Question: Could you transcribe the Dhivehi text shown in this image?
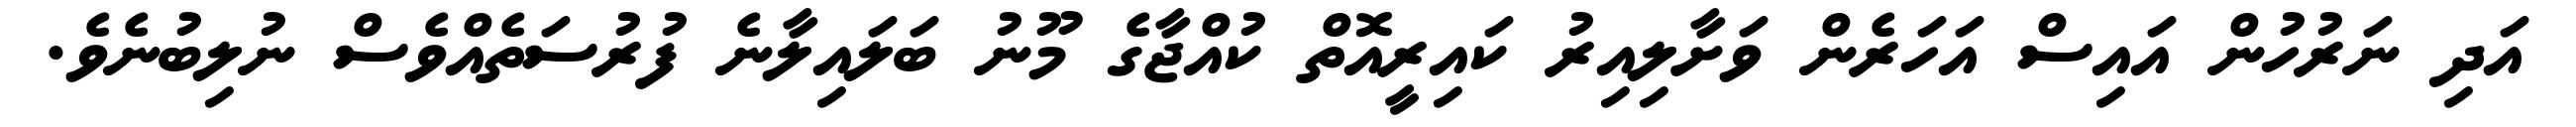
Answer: އަދި ނަރުހުން އައިސް އަހަރެން ވަށާލިއިރު ކައިރީއޮތް ކުއްޖާގެ މޫނު ބަލައިލާނެ ފުރުސަތެއްވެސް ނުލިބުނެވެ.